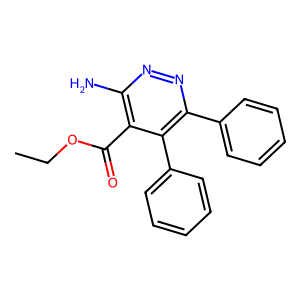
SMILES: CCOC(=O)c1c(N)nnc(-c2ccccc2)c1-c1ccccc1
Inhibits HIV replication: No